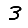
Digit: 3